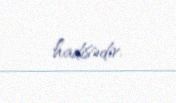
hadisədir.